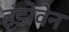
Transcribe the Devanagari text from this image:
इंडोवेन